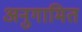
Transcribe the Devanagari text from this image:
अनुगामित